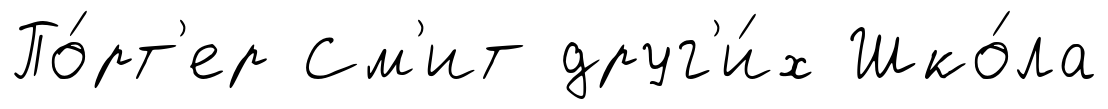
По́рт'ер См'ит друг'и́х Шко́ла